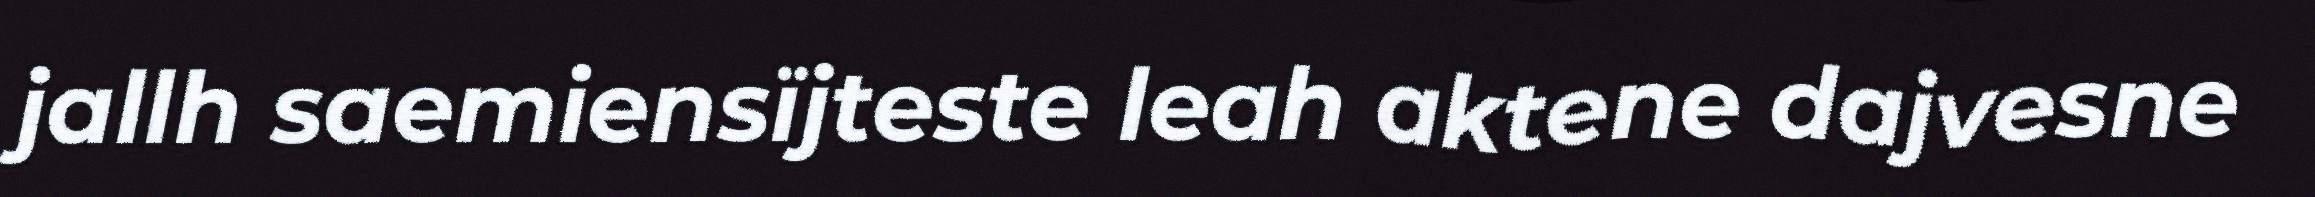
jallh saemiensïjteste leah aktene dajvesne